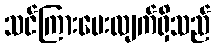
သင်ကြားပေးလျက်ရှိသည်